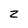
Character: Z